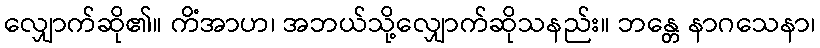
လျှောက်ဆို၏။ ကိံအာဟ၊ အဘယ်သို့လျှောက်ဆိုသနည်း။ ဘန္တေ နာဂသေနာ၊